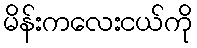
မိန်းကလေးငယ်ကို